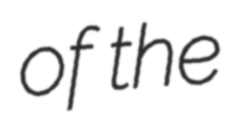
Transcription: of the